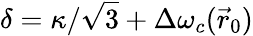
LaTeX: \delta=\kappa/\sqrt{3}+\Delta\omega_{c}(\vec{r}_{0})